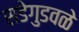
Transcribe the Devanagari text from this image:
सडेगुडवळे